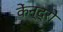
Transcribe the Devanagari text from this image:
केंन्द्रो